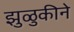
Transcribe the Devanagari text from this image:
झुळुकीने